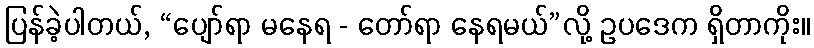
ပြန်ခဲ့ပါတယ်, “ပျော်ရာ မနေရ - တော်ရာ နေရမယ်”လို့ ဥပဒေက ရှိတာကိုး။